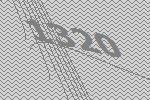
1320